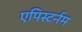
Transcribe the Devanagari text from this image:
एपिस्टर्नम